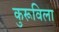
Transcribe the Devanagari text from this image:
कुरूविला